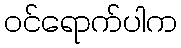
ဝင်ရောက်ပါက